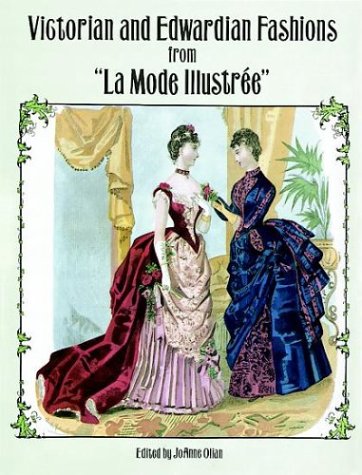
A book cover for Victorian and Edwardian Fashions from "La Mode IllustrÃ©e" (Dover Fashion and Costumes); Crafts, Hobbies & Home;